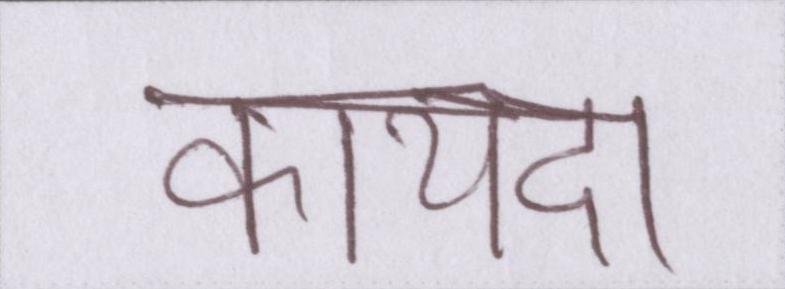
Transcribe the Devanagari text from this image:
कायदा